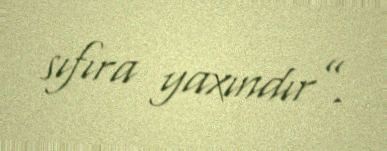
sıfıra yaxındır”.